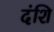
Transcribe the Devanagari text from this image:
दंशि